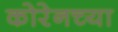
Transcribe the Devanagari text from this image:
कोरेनच्या